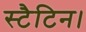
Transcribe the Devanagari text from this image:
स्टैटिन।